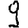
Digit: 9